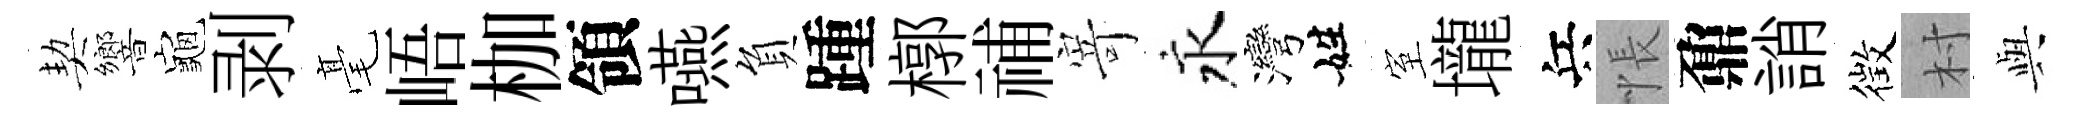
契響龜剥毫峿枷領嚥負踵槨𥙷𭔃永灣姓室壠兵悵鼐誚徴村𫤰